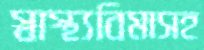
স্বাস্থ্যবিমাসহ